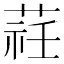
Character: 𦵞